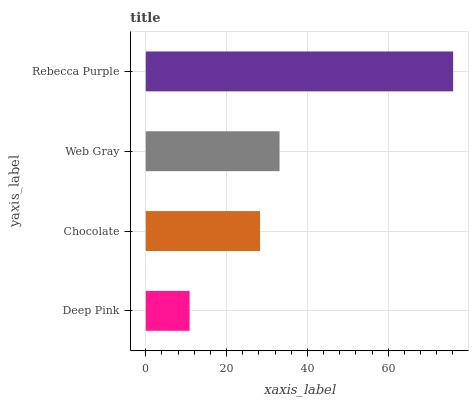
| yaxis_label | bars |
 | --- | --- |
 | Deep Pink | 10.8 |
 | Chocolate | 28.3 |
 | Web Gray | 33.1 |
 | Rebecca Purple | 76.1 |